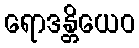
ရောဒန္တိယေဝ